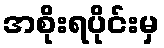
အစိုးရပိုင်းမှ